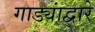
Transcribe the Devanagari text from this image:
गाड्यांद्वारे